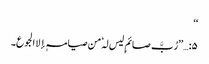
‘‘
۵:…’’رُبَّ صائمٍ لیس لہٗ من صیامہٖ إلا الجوع۔